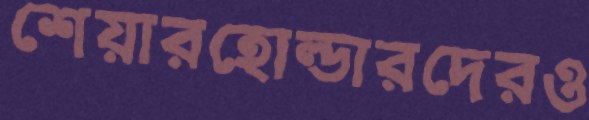
শেয়ারহোল্ডারদেরও